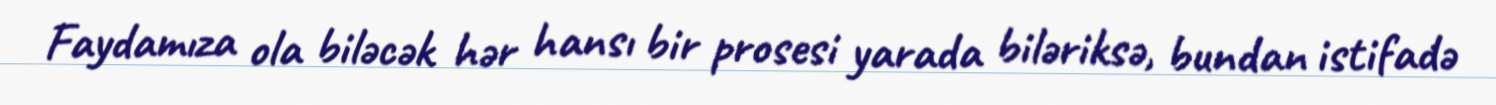
Faydamıza ola biləcək hər hansı bir prosesi yarada biləriksə, bundan istifadə